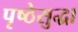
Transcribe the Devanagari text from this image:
पृष्ठेसुद्धा